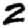
Digit: 2